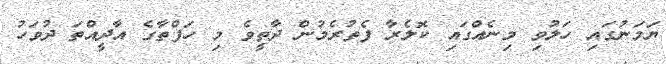
ޔަމަނުގައި ހަލުވި މިނެއްގައި ކޮލެރާ ފެތުރެމުން ދާތީވެ މި ހަފްތާގެ އާދީއްތަ ދުވަހު